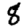
Digit: 8